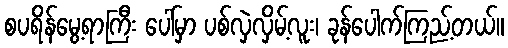
စပရိန်မွေ့ရာကြီး ပေါ်မှာ ပစ်လှဲလှိမ့်လူး၊ ခုန်ပေါက်ကြည့်တယ်။